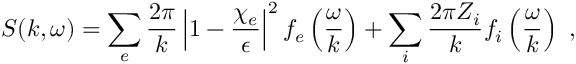
S ( k , \omega ) = \sum _ { e } \frac { 2 \pi } { k } \left| 1 - \frac { \chi _ { e } } { \epsilon } \right| ^ { 2 } f _ { e } \left( \frac { \omega } { k } \right) + \sum _ { i } \frac { 2 \pi Z _ { i } } { k } f _ { i } \left( \frac { \omega } { k } \right) \ ,